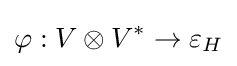
\varphi :V\otimes V^{*}\rightarrow \varepsilon _{H}